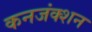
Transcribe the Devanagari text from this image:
कनजंक्शन